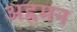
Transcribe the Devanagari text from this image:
अह्रमन